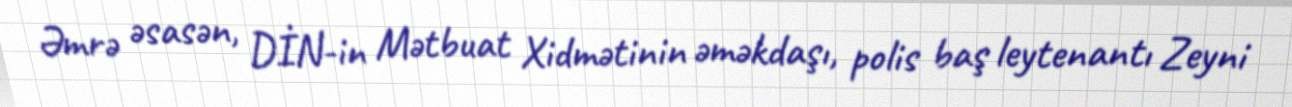
Əmrə əsasən, DİN-in Mətbuat Xidmətinin əməkdaşı, polis baş leytenantı Zeyni